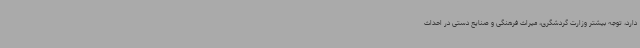
دارد، توجه بیشتر وزارت گردشگری، میراث فرهنگی و صنایع دستی در احداث